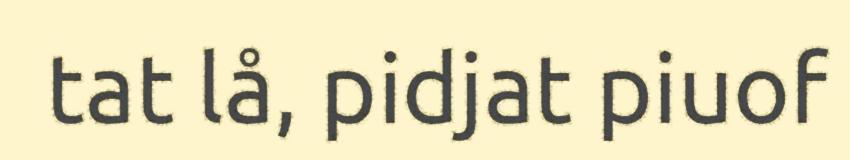
tat lå, pidjat piuof